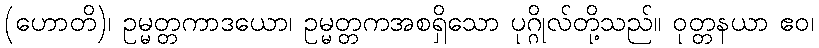
(ဟောတိ)၊ ဥမ္မတ္တကာဒယော၊ ဥမ္မတ္တကအစရှိသော ပုဂ္ဂိုလ်တို့သည်။ ဝုတ္တနယာ ဧဝ၊